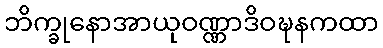
ဘိက္ခုနောအာယုဝဏ္ဏာဒိဝဍ္ဎနကထာ